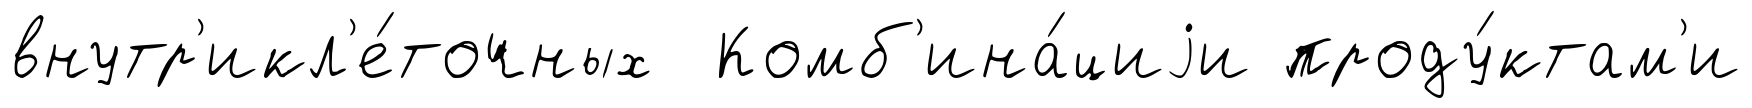
внутр'икл'е́точных Комб'ина́циjи проду́ктам'и